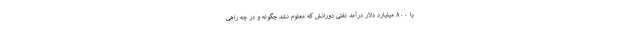
یا ۸۰۰ میلیارد دلار درآمد نفتی دورانش که معلوم نشد چگونه و در چه راهی